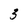
Character: 3